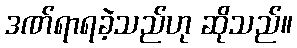
ဒဏ်ရာရခဲ့သည်ဟု ဆိုသည်။